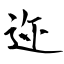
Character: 迩